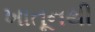
ખાતૂનથી